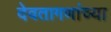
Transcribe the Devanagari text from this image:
देवतागणांच्या